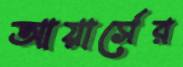
আয়ার্সের